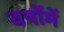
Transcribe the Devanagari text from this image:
वर्षोमें